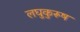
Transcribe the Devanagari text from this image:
लघुकुरूष